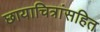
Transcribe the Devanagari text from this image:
छायाचित्रांसहित